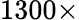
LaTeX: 1300\times